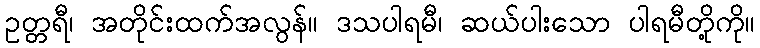
ဥတ္တရီ၊ အတိုင်းထက်အလွန်။ ဒသပါရမီ၊ ဆယ်ပါးသော ပါရမီတို့ကို။